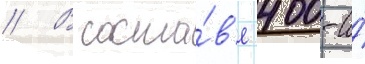
// В соста́в'е 400-и́